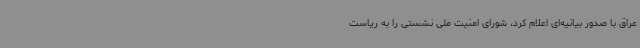
عراق با صدور بیانیه‌ای اعلام کرد، شورای امنیت ملی نشستی را به ریاست